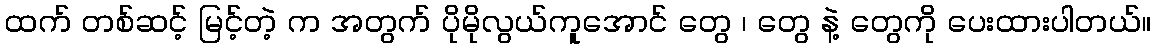
ထက် တစ်ဆင့် မြင့်တဲ့ က အတွက် ပိုမိုလွယ်ကူအောင် တွေ ၊ တွေ နဲ့ တွေကို ပေးထားပါတယ်။